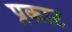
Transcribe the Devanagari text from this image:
प्रकाट